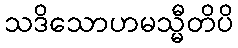
သဒိသောဟမသ္မီတိပိ